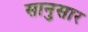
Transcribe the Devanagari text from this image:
सानुसार